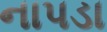
નાપડા